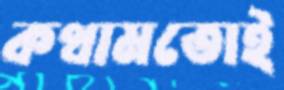
কথামতোই